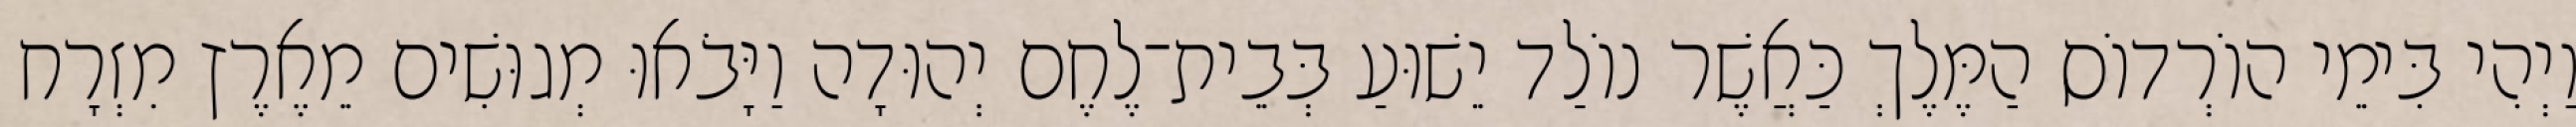
וַיְהִי בִּימֵי הוֹרְדוֹס הַמֶּלֶךְ כַּאֲשֶׁר נוֹלַד יֵשׁוּעַ בְּבֵית־לֶחֶם יְהוּדָה וַיָּבֹאוּ מְגוּשִׁים מֵאֶרֶץ מִזְרָח